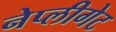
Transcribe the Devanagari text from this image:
नेप्लीगेट